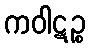
ကဝါဋဉ္စ